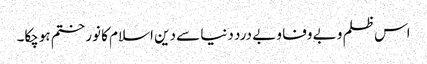
اس ظلم و بے وفا و بے درد دنیا سے دین اسلام کا نور ختم ہوچکا۔